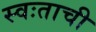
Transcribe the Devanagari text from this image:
स्वःताची